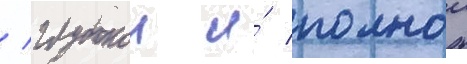
/ глубокои и́ полнои